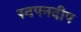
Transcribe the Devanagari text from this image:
स्वपनदीप